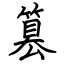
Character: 篡